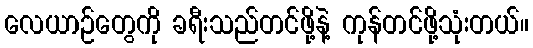
လေယာဉ်တွေကို ခရီးသည်တင်ဖို့နဲ့ ကုန်တင်ဖို့သုံးတယ်။